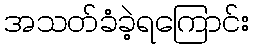
အသတ်ခံခဲ့ရကြောင်း